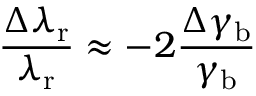
\frac { \Delta \lambda _ { \mathrm { r } } } { \lambda _ { \mathrm { r } } } \approx - 2 \frac { \Delta \gamma _ { \mathrm { b } } } { \gamma _ { \mathrm { b } } }